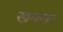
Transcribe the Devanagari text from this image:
खमसा